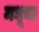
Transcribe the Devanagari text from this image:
मधूचा